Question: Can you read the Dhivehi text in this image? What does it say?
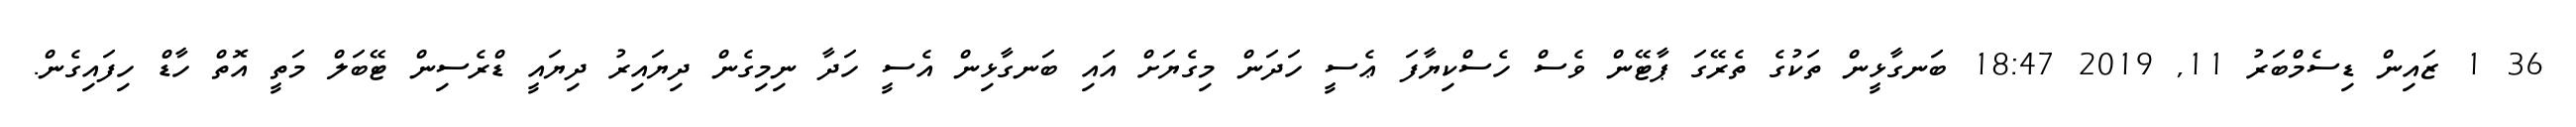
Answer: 36 1 ޒައިން ޑިސެމްބަރު 11, 2019 18:47 ބަނގާޅީން ތަކުގެ ތެރޭގަ ޕާޓޭން ވެސް ހެސްކިޔާފަ ޢެސީ ހަދަން މިގެޔަށް އައި ބަނގާޅިން އެސީ ހަދާ ނިމިގެން ދިޔައިރު ދިޔައީ ޑްރެސިން ޓޭބަލް މަތީ އޮތް ހާޑް ހިފައިގެން.